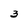
Character: 3